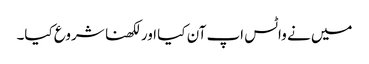
میں نے واٹس اپ آن کیا اور لکھنا شروع کیا۔